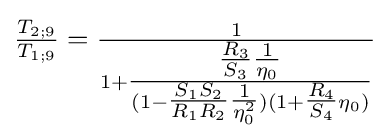
{\tfrac {T_{2;9}}{T_{1;9}}}={\tfrac {1}{1+{\tfrac {{\tfrac {R_{3}}{S_{3}}}{\tfrac {1}{\eta _{0}}}}{(1-{\tfrac {S_{1}S_{2}}{R_{1}R_{2}}}{\tfrac {1}{\eta _{0}^{2}}})(1+{\tfrac {R_{4}}{S_{4}}}\eta _{0})}}}}